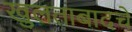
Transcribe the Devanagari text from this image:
खुलताबादचे